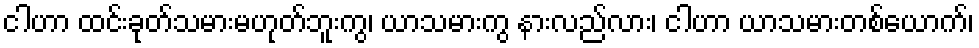
ငါဟာ ထင်းခုတ်သမားမဟုတ်ဘူးကွ၊ ယာသမားကွ နားလည်လား၊ ငါဟာ ယာသမားတစ်ယောက်၊